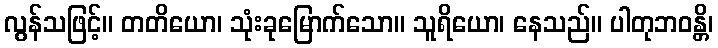
လွန်သဖြင့်။ တတိယော၊ သုံးခုမြောက်သော။ သူရိယော၊ နေသည်။ ပါတုဘဝန္တိ၊